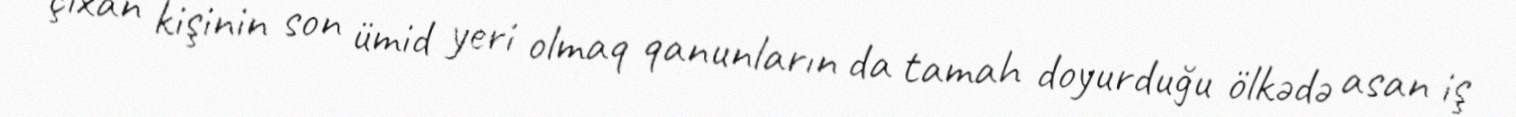
çıxan kişinin son ümid yeri olmaq qanunların da tamah doyurduğu ölkədə asan iş